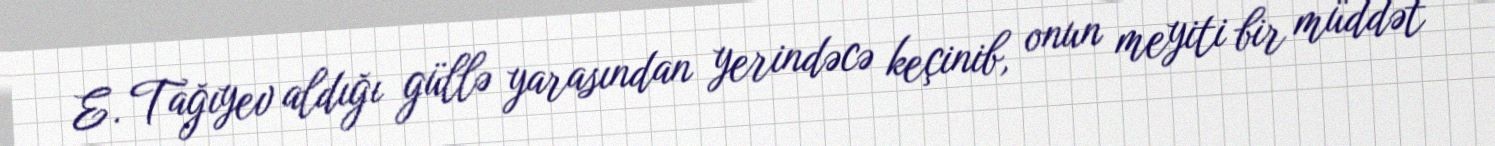
E. Tağıyev aldığı güllə yarasından yerindəcə keçinib, onun meyiti bir müddət